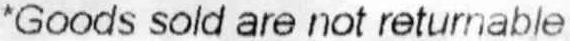
*GOODS SOLD ARE NOT RETURNABLE